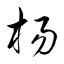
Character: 楊